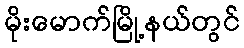
မိုးမောက်မြို့နယ်တွင်